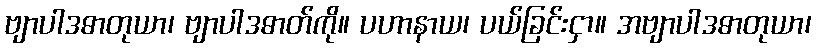
ဗျာပါဒဓာတုယာ၊ ဗျာပါဒဓာတ်ကို။ ပဟာနာယ၊ ပယ်ခြင်းငှာ။ အဗျာပါဒဓာတုယာ၊